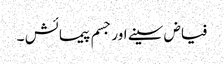
فیاض سینے اور جسم پیمائش ۔